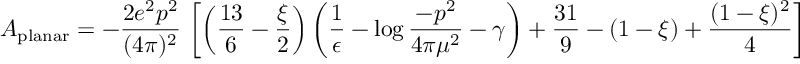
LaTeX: A _ { \mathrm { p l a n a r } } = - { \frac { 2 e ^ { 2 } p ^ { 2 } } { ( 4 \pi ) ^ { 2 } } } \, \left[ \left( { \frac { 1 3 } { 6 } } - { \frac { \xi } { 2 } } \right) \left( { \frac { 1 } { \epsilon } } - \log { \frac { - p ^ { 2 } } { 4 \pi \mu ^ { 2 } } } - \gamma \right) + { \frac { 3 1 } { 9 } } - ( 1 - \xi ) + { \frac { ( 1 - \xi ) ^ { 2 } } { 4 } } \right]